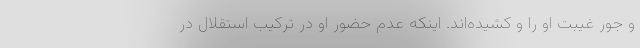
و جور غیبت او را و کشیده‌اند. اینکه عدم حضور او در ترکیب استقلال در